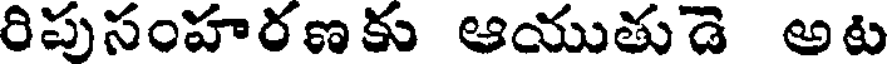
రిపుసంహరణకు ఆయుతుడె అట